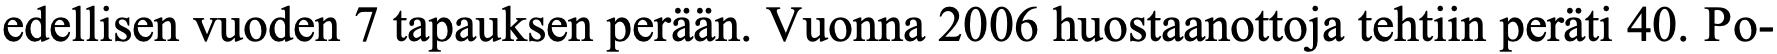
edellisen vuoden 7 tapauksen perään. Vuonna 2006 huostaanottoja tehtiin peräti 40. Po-